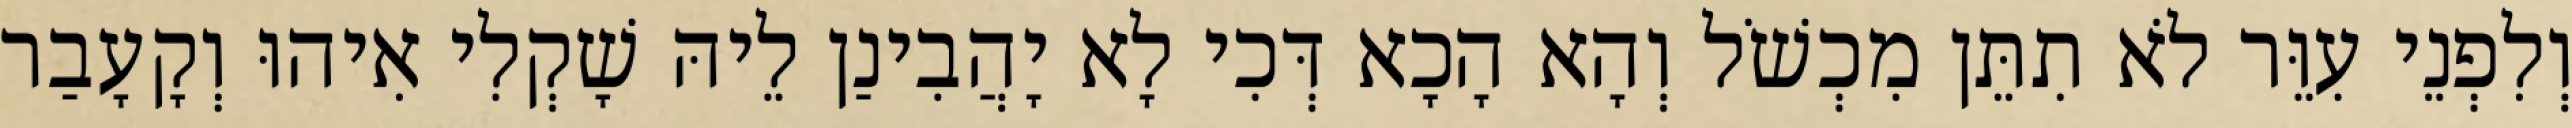
וְלִפְנֵי עִוֵּר לֹא תִתֵּן מִכְשֹׁל וְהָא הָכָא דְּכִי לָא יָהֲבִינַן לֵיהּ שָׁקְלִי אִיהוּ וְקָעָבַר